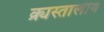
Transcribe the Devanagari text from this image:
क्र्यस्तालीय